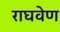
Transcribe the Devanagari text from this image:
राघवेण